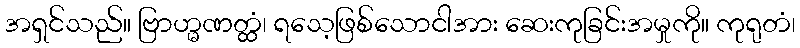
အရှင်သည်။ ဗြာဟ္မဏတ္ထံ၊ ရသေ့ဖြစ်သောငါအား ဆေးကုခြင်းအမှုကို။ ကုရုတံ၊